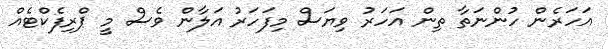
އަހަރެން ހުންނަތާ ތިން އަހަރު ވިޔަސް މިފަހަރު އަލާން ވެސް މީ ޕްރިފެކްޓެއް